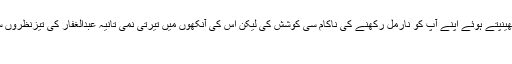
کچھ نہیں “ اس نے جھینپتے ہوئے اپنے آپ کو نارمل رکھنے کی ناکام سی کوشش کی لیکن اس کی آنکھوں میں تیرتی نمی تانیہ عبدالغفار کی تیزنظروں سے چھپی نہ رہ سکی
” تابی ۔